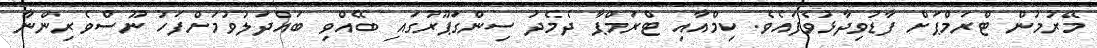
މޭރުމުން ޓްރަމްޕަށް ފާޑުވިދާޅުވެފައެވެ. ކިމްއާއި ޓްރަމްޕާ ދެމެދު ސިންގަޕޫރުގައި ބޭއްވި ބައްދަލުވުމަށްފަހު ނޫސްވެރިންނާ